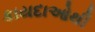
કાયદાઓથી